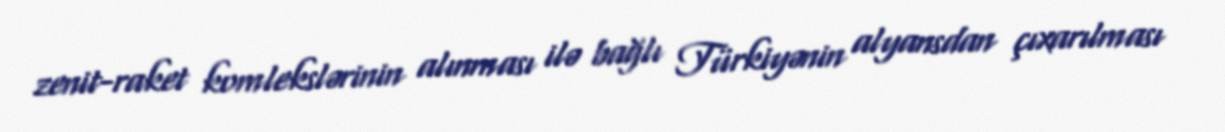
zenit-raket komlekslərinin alınması ilə bağlı Türkiyənin alyansdan çıxarılması